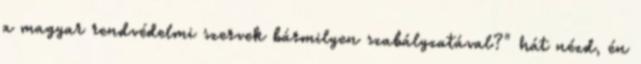
a magyar rendvédelmi szervek bármilyen szabályzatával?" hát nézd, én